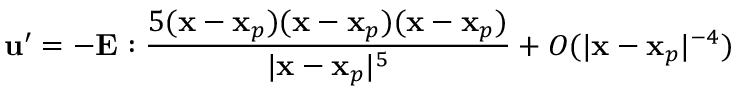
\mathbf { u } ^ { \prime } = - \mathbf { E } : \frac { 5 ( \mathbf { x } - \mathbf { x } _ { p } ) ( \mathbf { x } - \mathbf { x } _ { p } ) ( \mathbf { x } - \mathbf { x } _ { p } ) } { | \mathbf { x } - \mathbf { x } _ { p } | ^ { 5 } } + O ( | \mathbf { x } - \mathbf { x } _ { p } | ^ { - 4 } )